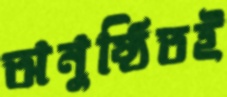
অনুষ্ঠিতই